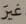
غير